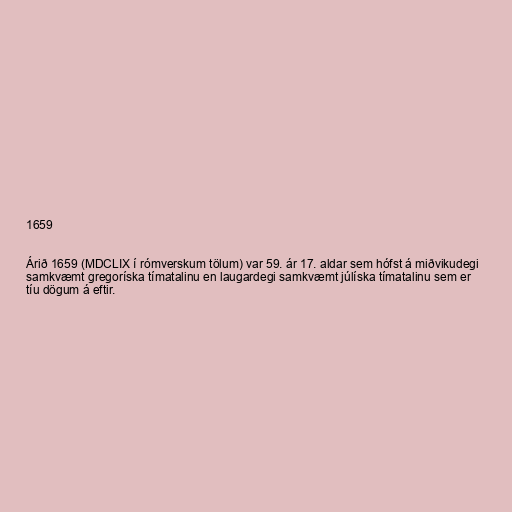
1659

Árið 1659 (MDCLIX í rómverskum tölum) var 59. ár 17. aldar sem hófst á miðvikudegi
samkvæmt gregoríska tímatalinu en laugardegi samkvæmt júlíska tímatalinu sem er
tíu dögum á eftir.